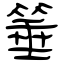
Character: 箠